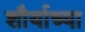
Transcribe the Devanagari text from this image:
शौर्याच्या